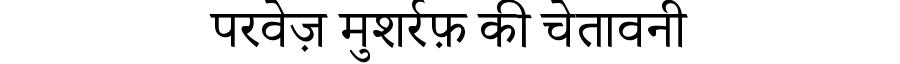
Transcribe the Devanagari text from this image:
परवेज़ मुशर्रफ़ की चेतावनी